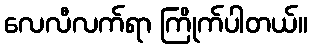
လေလီလက်ရာ ကြိုက်ပါတယ်။